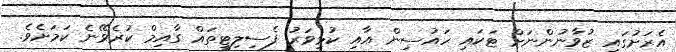
އެރަށުގައި ޒުވާނުންނަށް ޓަކައި ހައުސިން އާއި ކުޅިވަރު ފެސިލިޓީތައް ގާއިމް ކުރެވޭނެ ކަމަށެވެ.